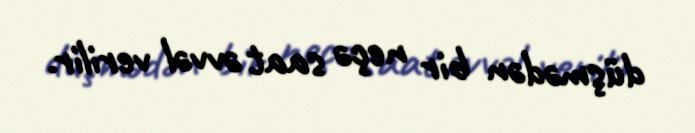
düşmədən bir neçə saat əvvəl verilir.